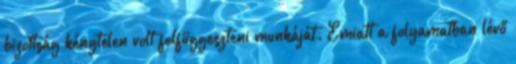
bizottság kénytelen volt felfüggeszteni munkáját. Emiatt a folyamatban lévő